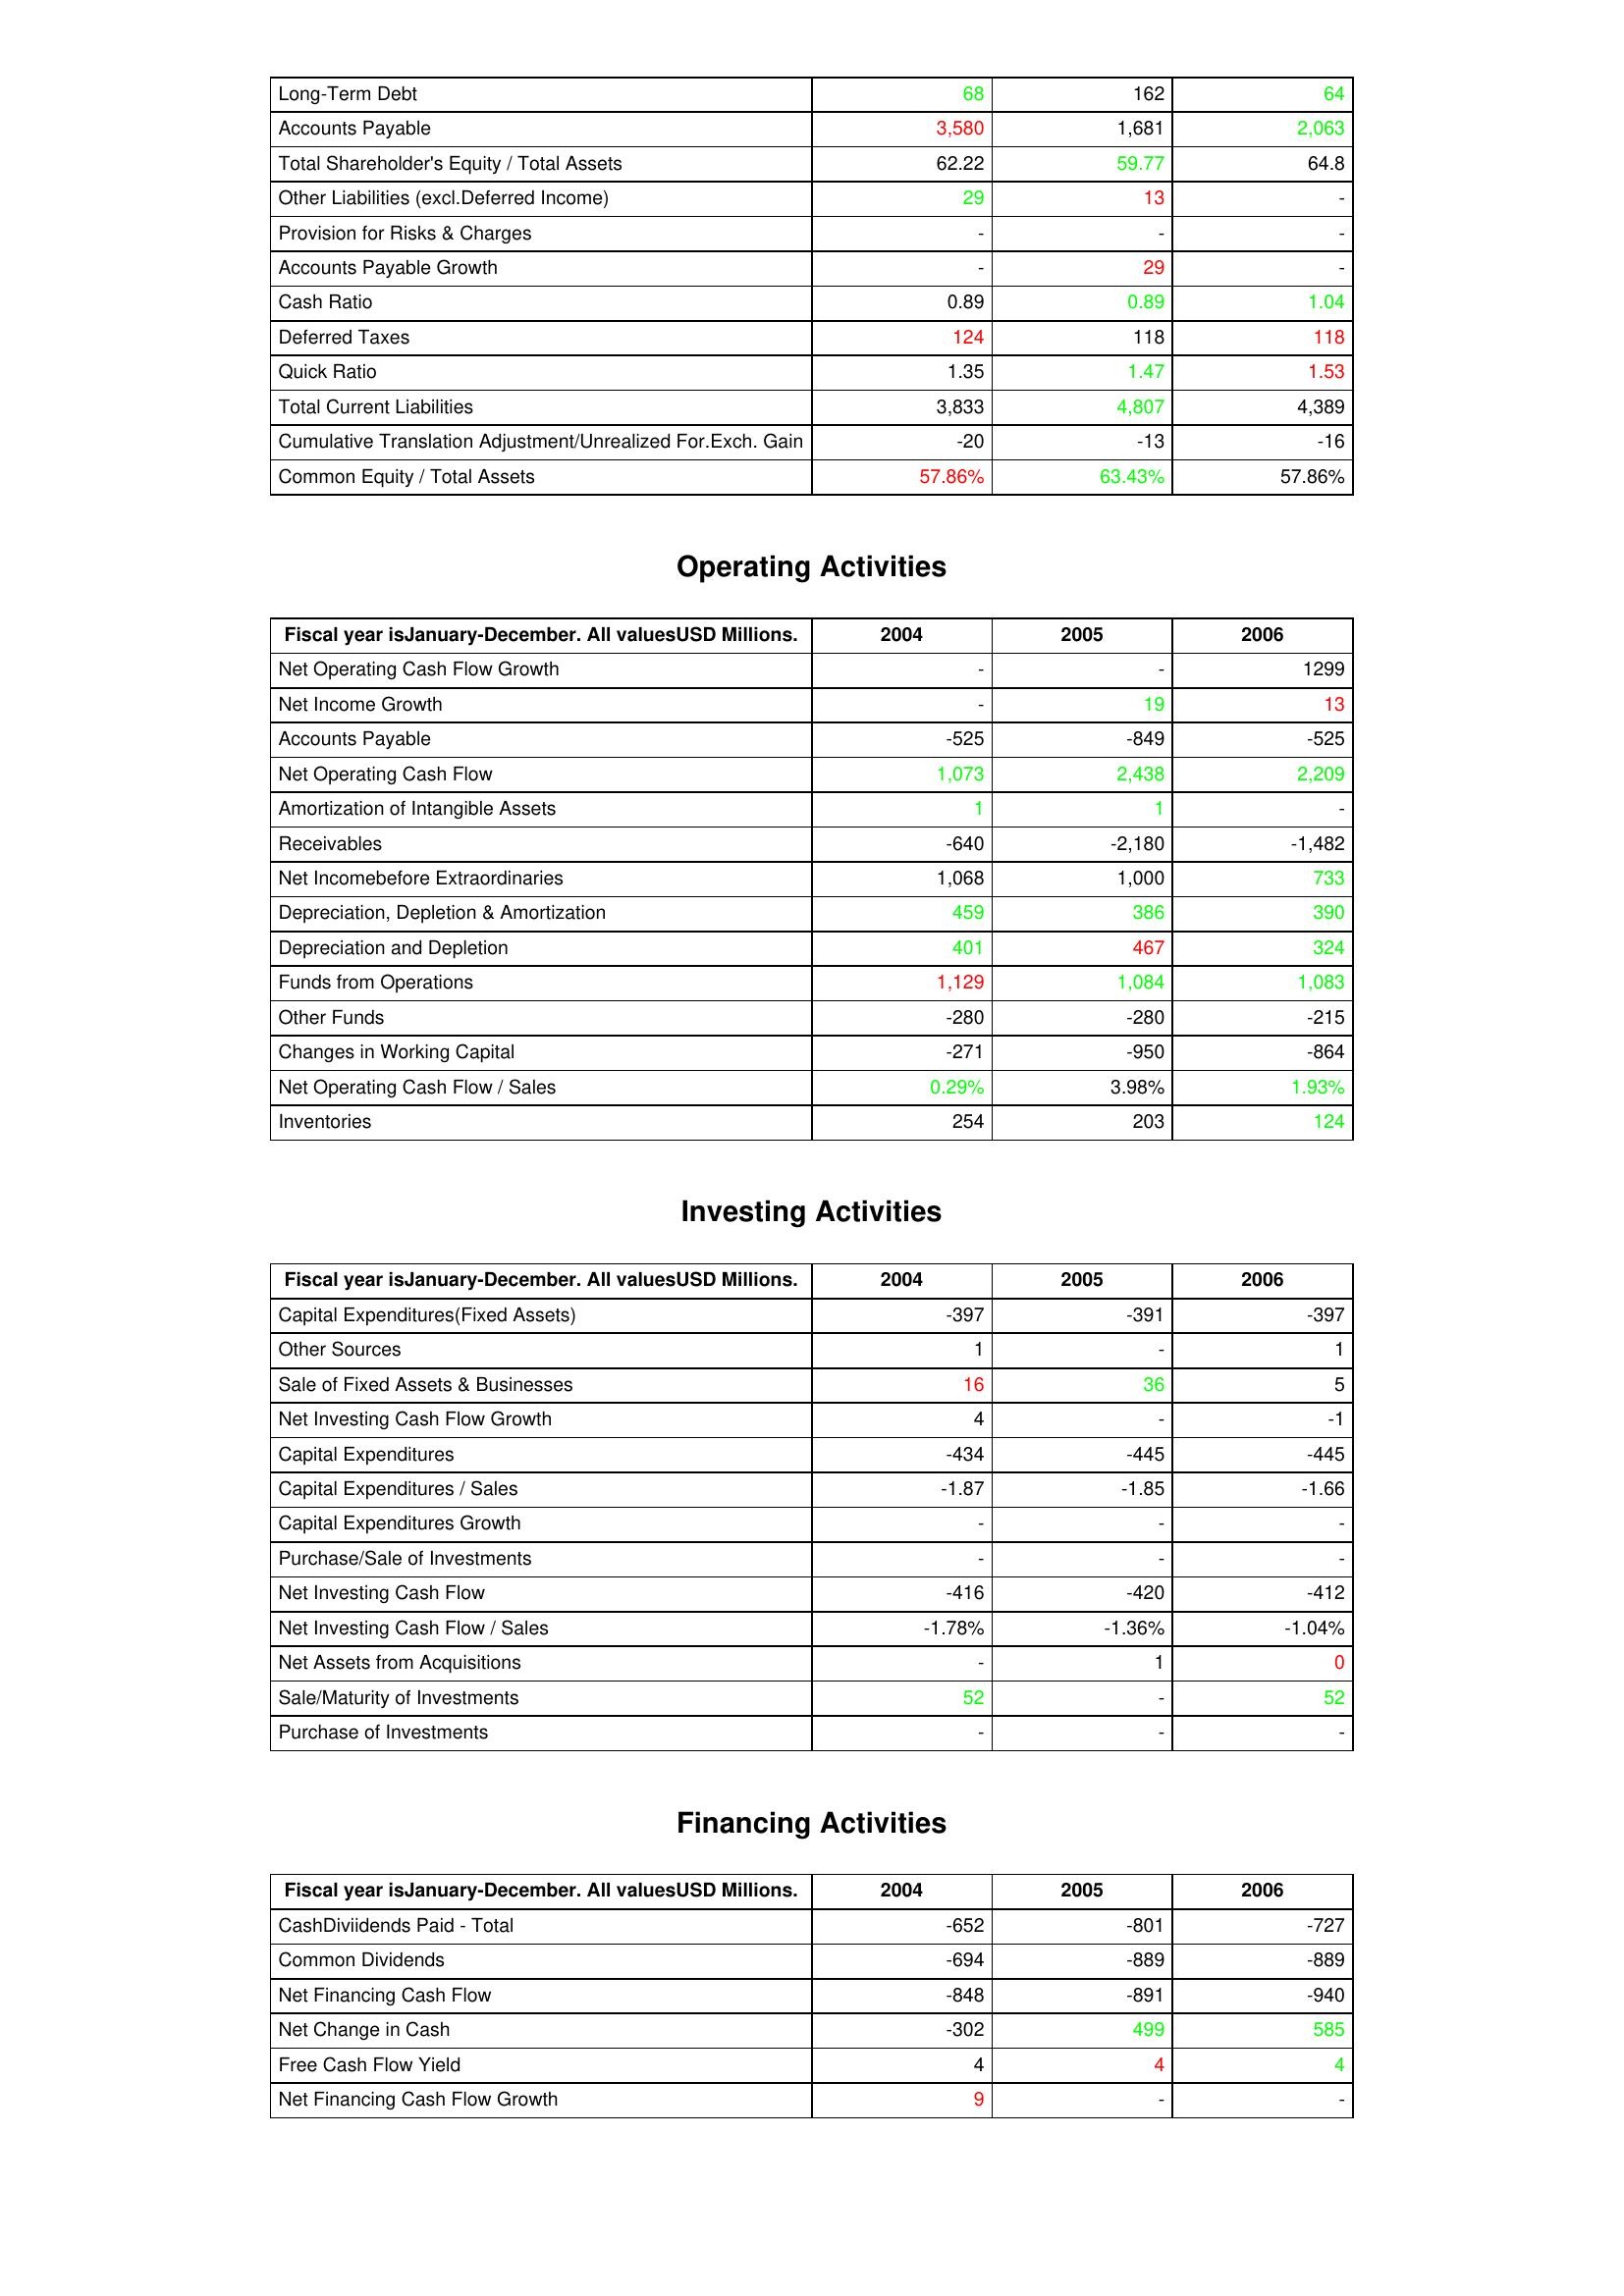
gt_parse: 2004: Liabilities & Shareholder's Equity: Long-Term Debt: 68
Accounts Payable: 3,580
Total Shareholder's Equity / Total Assets: 62.22
Other Liabilities (excl.Deferred Income): 29
Provision for Risks & Charges: -
Accounts Payable Growth: -
Cash Ratio: 0.89
Deferred Taxes: 124
Quick Ratio: 1.35
Total Current Liabilities: 3,833
Cumulative Translation Adjustment/Unrealized For.Exch. Gain: -20
Common Equity / Total Assets: 57.86%
Operating Activities: Net Operating Cash Flow Growth: -
Net Income Growth: -
Accounts Payable: -525
Net Operating Cash Flow: 1,073
Amortization of Intangible Assets: 1
Receivables: -640
Net Incomebefore Extraordinaries: 1,068
Depreciation, Depletion & Amortization: 459
Depreciation and Depletion: 401
Funds from Operations: 1,129
Other Funds: -280
Changes in Working Capital: -271
Net Operating Cash Flow / Sales: 0.29%
Inventories: 254
Investing Activities: Capital Expenditures(Fixed Assets): -397
Other Sources: 1
Sale of Fixed Assets & Businesses: 16
Net Investing Cash Flow Growth: 4
Capital Expenditures: -434
Capital Expenditures / Sales: -1.87
Capital Expenditures Growth: -
Purchase/Sale of Investments: -
Net Investing Cash Flow: -416
Net Investing Cash Flow / Sales: -1.78%
Net Assets from Acquisitions: -
Sale/Maturity of Investments: 52
Purchase of Investments: -
Financing Activities: CashDiviidends Paid - Total: -652
Common Dividends: -694
Net Financing Cash Flow: -848
Net Change in Cash: -302
Free Cash Flow Yield: 4
Net Financing Cash Flow Growth: 9
2005: Liabilities & Shareholder's Equity: Long-Term Debt: 162
Accounts Payable: 1,681
Total Shareholder's Equity / Total Assets: 59.77
Other Liabilities (excl.Deferred Income): 13
Provision for Risks & Charges: -
Accounts Payable Growth: 29
Cash Ratio: 0.89
Deferred Taxes: 118
Quick Ratio: 1.47
Total Current Liabilities: 4,807
Cumulative Translation Adjustment/Unrealized For.Exch. Gain: -13
Common Equity / Total Assets: 63.43%
Operating Activities: Net Operating Cash Flow Growth: -
Net Income Growth: 19
Accounts Payable: -849
Net Operating Cash Flow: 2,438
Amortization of Intangible Assets: 1
Receivables: -2,180
Net Incomebefore Extraordinaries: 1,000
Depreciation, Depletion & Amortization: 386
Depreciation and Depletion: 467
Funds from Operations: 1,084
Other Funds: -280
Changes in Working Capital: -950
Net Operating Cash Flow / Sales: 3.98%
Inventories: 203
Investing Activities: Capital Expenditures(Fixed Assets): -391
Other Sources: -
Sale of Fixed Assets & Businesses: 36
Net Investing Cash Flow Growth: -
Capital Expenditures: -445
Capital Expenditures / Sales: -1.85
Capital Expenditures Growth: -
Purchase/Sale of Investments: -
Net Investing Cash Flow: -420
Net Investing Cash Flow / Sales: -1.36%
Net Assets from Acquisitions: 1
Sale/Maturity of Investments: -
Purchase of Investments: -
Financing Activities: CashDiviidends Paid - Total: -801
Common Dividends: -889
Net Financing Cash Flow: -891
Net Change in Cash: 499
Free Cash Flow Yield: 4
Net Financing Cash Flow Growth: -
2006: Liabilities & Shareholder's Equity: Long-Term Debt: 64
Accounts Payable: 2,063
Total Shareholder's Equity / Total Assets: 64.8
Other Liabilities (excl.Deferred Income): -
Provision for Risks & Charges: -
Accounts Payable Growth: -
Cash Ratio: 1.04
Deferred Taxes: 118
Quick Ratio: 1.53
Total Current Liabilities: 4,389
Cumulative Translation Adjustment/Unrealized For.Exch. Gain: -16
Common Equity / Total Assets: 57.86%
Operating Activities: Net Operating Cash Flow Growth: 1299
Net Income Growth: 13
Accounts Payable: -525
Net Operating Cash Flow: 2,209
Amortization of Intangible Assets: -
Receivables: -1,482
Net Incomebefore Extraordinaries: 733
Depreciation, Depletion & Amortization: 390
Depreciation and Depletion: 324
Funds from Operations: 1,083
Other Funds: -215
Changes in Working Capital: -864
Net Operating Cash Flow / Sales: 1.93%
Inventories: 124
Investing Activities: Capital Expenditures(Fixed Assets): -397
Other Sources: 1
Sale of Fixed Assets & Businesses: 5
Net Investing Cash Flow Growth: -1
Capital Expenditures: -445
Capital Expenditures / Sales: -1.66
Capital Expenditures Growth: -
Purchase/Sale of Investments: -
Net Investing Cash Flow: -412
Net Investing Cash Flow / Sales: -1.04%
Net Assets from Acquisitions: 0
Sale/Maturity of Investments: 52
Purchase of Investments: -
Financing Activities: CashDiviidends Paid - Total: -727
Common Dividends: -889
Net Financing Cash Flow: -940
Net Change in Cash: 585
Free Cash Flow Yield: 4
Net Financing Cash Flow Growth: -